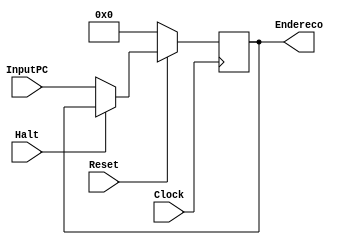
module ProgramCounter(InputPC,Endereco,Clock,Reset,Halt);

	input [31:0] InputPC;
	input Clock, Reset, Halt;
	output reg [31:0] Endereco;

	always@(posedge Clock)
	begin
		if(~Reset)
			begin
				Endereco = 32'B0;
			end
				else if(Halt==1'B1)
				begin
					Endereco = Endereco;
				end
					else
					begin
						Endereco = InputPC;
					end	
	end
	
endmodule